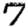
Digit: 7